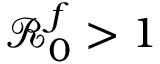
\mathcal { R } _ { 0 } ^ { f } > 1